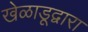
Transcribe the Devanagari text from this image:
खेळाडूद्वारा